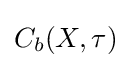
C_{b}(X,\tau )